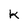
Character: k